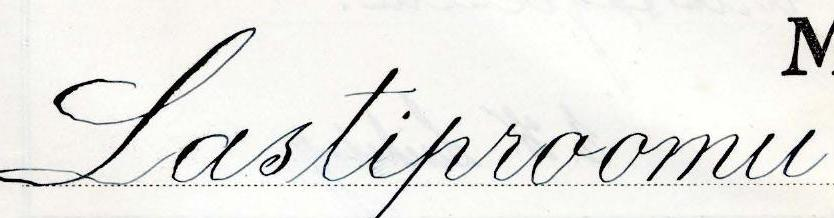
Lastiproomu